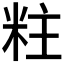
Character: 𮇐